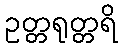
ဥတ္တရုတ္တရိ